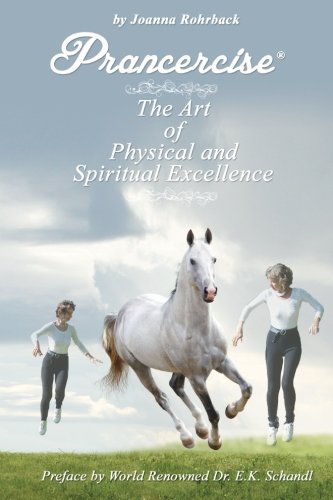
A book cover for Prancercise: The Art of Physical and Spiritual Excellence; Joanna Rohrback; Health, Fitness & Dieting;